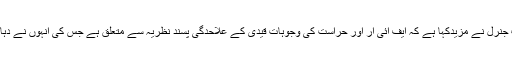
کورٹ نے کہا کہ ایڈو کیٹ جنرل نے مزیدکہا ہے کہ ایف آئی آر اور حراست کی وجوہات قیدی کے علاحدگی پسند نظریہ سے متعلق ہے جس کی اُنہوں نے دہائیوں سے پرداخت کی ہے ۔